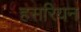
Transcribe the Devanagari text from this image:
हसरियन